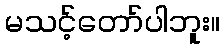
မသင့်တော်ပါဘူး။